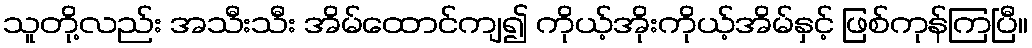
သူတို့လည်း အသီးသီး အိမ်ထောင်ကျ၍ ကိုယ့်အိုးကိုယ့်အိမ်နှင့် ဖြစ်ကုန်ကြပြီ။